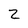
Character: 2